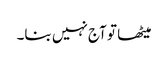
میٹھا تو آج نہیں بنا۔